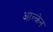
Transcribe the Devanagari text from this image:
आल्केन